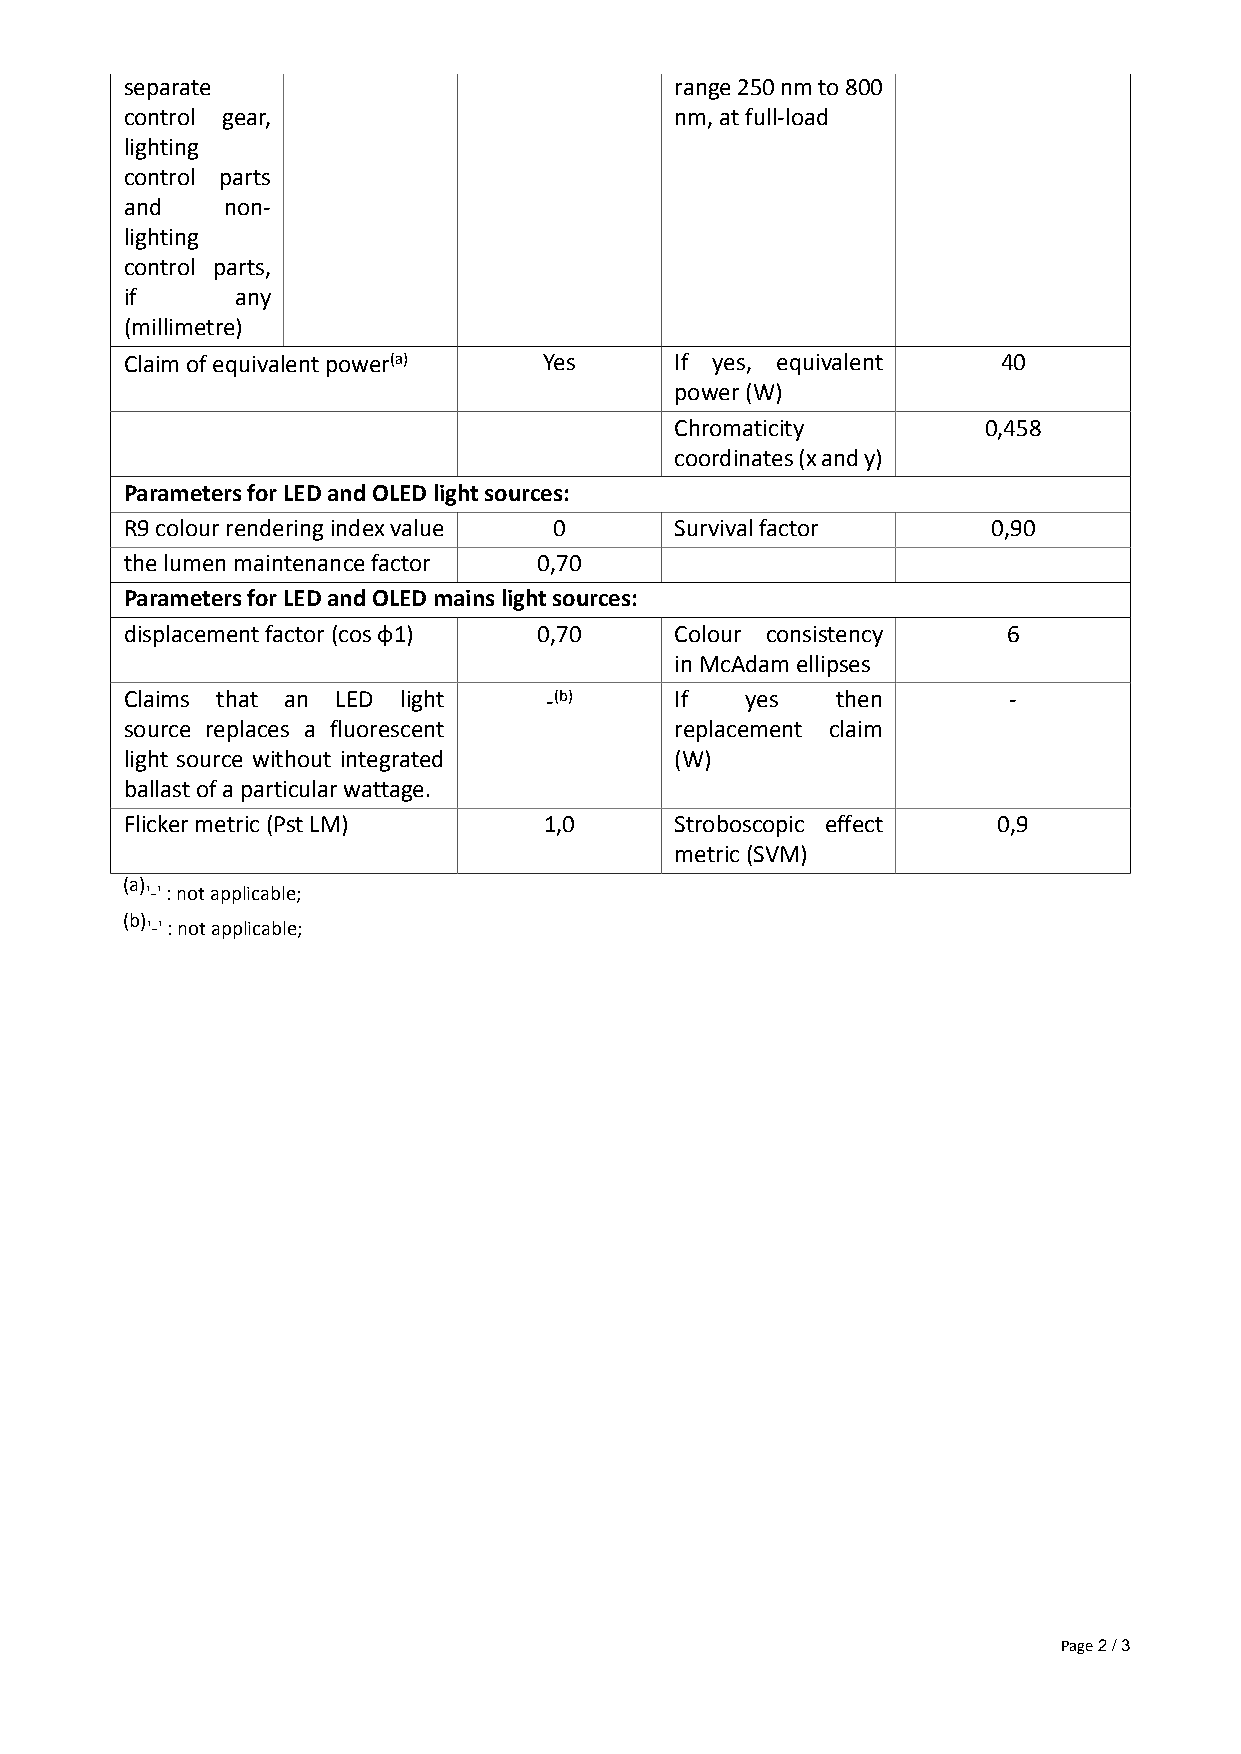
separate                             range 250 nm to 800
 control gear,                        nm, at full-load
 lighting
 control parts
 and    non-
 lighting
 control parts,
 if      any
 (millimetre)
 Claim of equivalent power(a) Yes     If yes, equivalent   40
 power (W)
 Chromaticity        0,458
 coordinates (x and y)
 Parameters for LED and OLED light sources:
 R9 colour rendering index value 0    Survival factor      0,90
 the lumen maintenance factor 0,70
 Parameters for LED and OLED mains light sources:
 displacement factor (cos φ1) 0,70    Colour consistency    6
 in McAdam ellipses
 Claims that an LED light    -(b)     If  yes   then        -
 source replaces a fluorescent        replacement claim
 light source without integrated      (W)
 ballast of a particular wattage.
 Flicker metric (Pst LM)     1,0      Stroboscopic effect  0,9
 metric (SVM)
 (a)
 '-' : not applicable;
 (b)
 '-' : not applicable;
 Page 2 / 3